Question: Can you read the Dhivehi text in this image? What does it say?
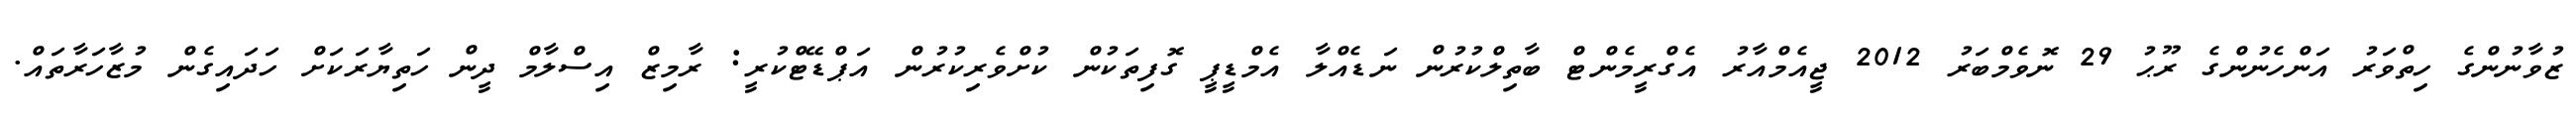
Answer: ޒުވާނުންގެ ހިތްވަރު އަންހެނުންގެ ރޫޙު 29 ނޮވެމްބަރު 2012 ޖީއެމްއާރު އެގްރީމެންޓް ބާތިލްކުރުން ނަޑެއްލާ އެމްޑީޕީ ގޮފިތަކުން ކުށްވެރިކުރުން އަޕްޑޭޓްކުރީ: ރާމިޒް އިސްލާމް ދީން ހަތިޔާރަކަށް ހަދައިގެން މުޒާހަރާތައް.